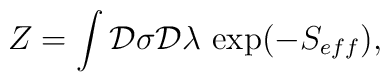
Z= \int  {\cal D} \sigma {\cal D} \lambda \, \exp (-S_{eff}),